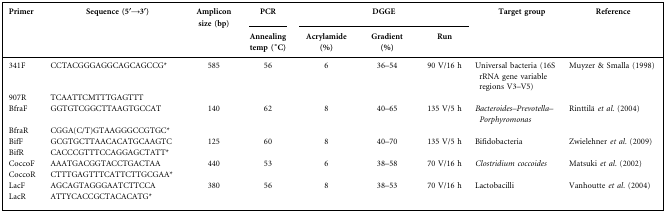
<table><thead><tr><td><b>Primer</b></td><td><b>Sequence (5′→3′)</b></td><td><b>Amplicon size (bp)</b></td><td><b>PCR</b></td><td colspan="3"><b>DGGE</b></td><td><b>Target group</b></td><td><b>Reference</b></td></tr><tr><td></td><td></td><td></td><td><b>Annealing temp (°C)</b></td><td><b>Acrylamide (%)</b></td><td><b>Gradient (%)</b></td><td><b>Run</b></td><td></td><td></td></tr></thead><tbody><tr><td>341F</td><td>CCTACGGGAGGCAGCAGCCG*</td><td>585</td><td>56</td><td>6</td><td>36–54</td><td>90 V/16 h</td><td>Universal bacteria (16S rRNA gene variable regions V3–V5)</td><td>Muyzer &amp; Smalla (1998)</td></tr><tr><td>907R</td><td>TCAATTCMTTTGAGTTT</td><td></td><td></td><td></td><td></td><td></td><td></td><td></td></tr><tr><td>BfraF</td><td>GGTGTCGGCTTAAGTGCCAT</td><td>140</td><td>62</td><td>8</td><td>40–65</td><td>135 V/5 h</td><td><i>Bacteroides–Prevotella–Porphyromonas</i></td><td>Rinttilä <i>et al.</i> (2004)</td></tr><tr><td>BfraR</td><td>CGGA(C/T)GTAAGGGCCGTGC*</td><td></td><td></td><td></td><td></td><td></td><td></td><td></td></tr><tr><td>BifF</td><td>GCGTGCTTAACACATGCAAGTC</td><td>125</td><td>60</td><td>8</td><td>40–70</td><td>135 V/5 h</td><td>Bifidobacteria</td><td>Zwielehner <i>et al.</i> (2009)</td></tr><tr><td>BifR</td><td>CACCCGTTTCCAGGAGCTATT*</td><td></td><td></td><td></td><td></td><td></td><td></td><td></td></tr><tr><td>CoccoF</td><td>AAATGACGGTACCTGACTAA</td><td>440</td><td>53</td><td>6</td><td>38–58</td><td>70 V/16 h</td><td><i>Clostridium coccoides</i></td><td>Matsuki <i>et al.</i> (2002)</td></tr><tr><td>CoccoR</td><td>CTTTGAGTTTCATTCTTGCGAA*</td><td></td><td></td><td></td><td></td><td></td><td></td><td></td></tr><tr><td>LacF</td><td>AGCAGTAGGGAATCTTCCA</td><td>380</td><td>56</td><td>8</td><td>38–53</td><td>70 V/16 h</td><td>Lactobacilli</td><td>Vanhoutte <i>et al.</i> (2004)</td></tr><tr><td>LacR</td><td>ATTYCACCGCTACACATG*</td><td></td><td></td><td></td><td></td><td></td><td></td><td></td></tr></tbody></table>